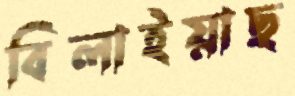
বিলাইয়াছ